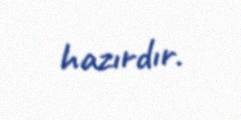
hazırdır.